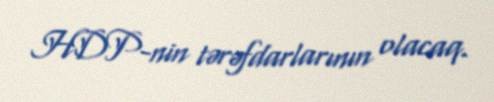
HDP-nin tərəfdarlarının olacaq.